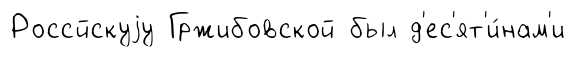
Россйскуjу Гржибовской был д'ес'ят'и́нам'и